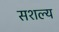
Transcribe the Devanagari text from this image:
सशल्य